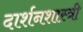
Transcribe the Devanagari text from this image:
दार्शनशास्त्री